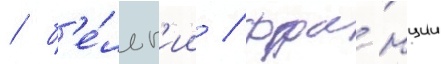
/ б'е́льг'ии / фра́нции